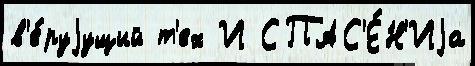
в'е́руjущий т'ех И СПАС'Е́Н'Иjа